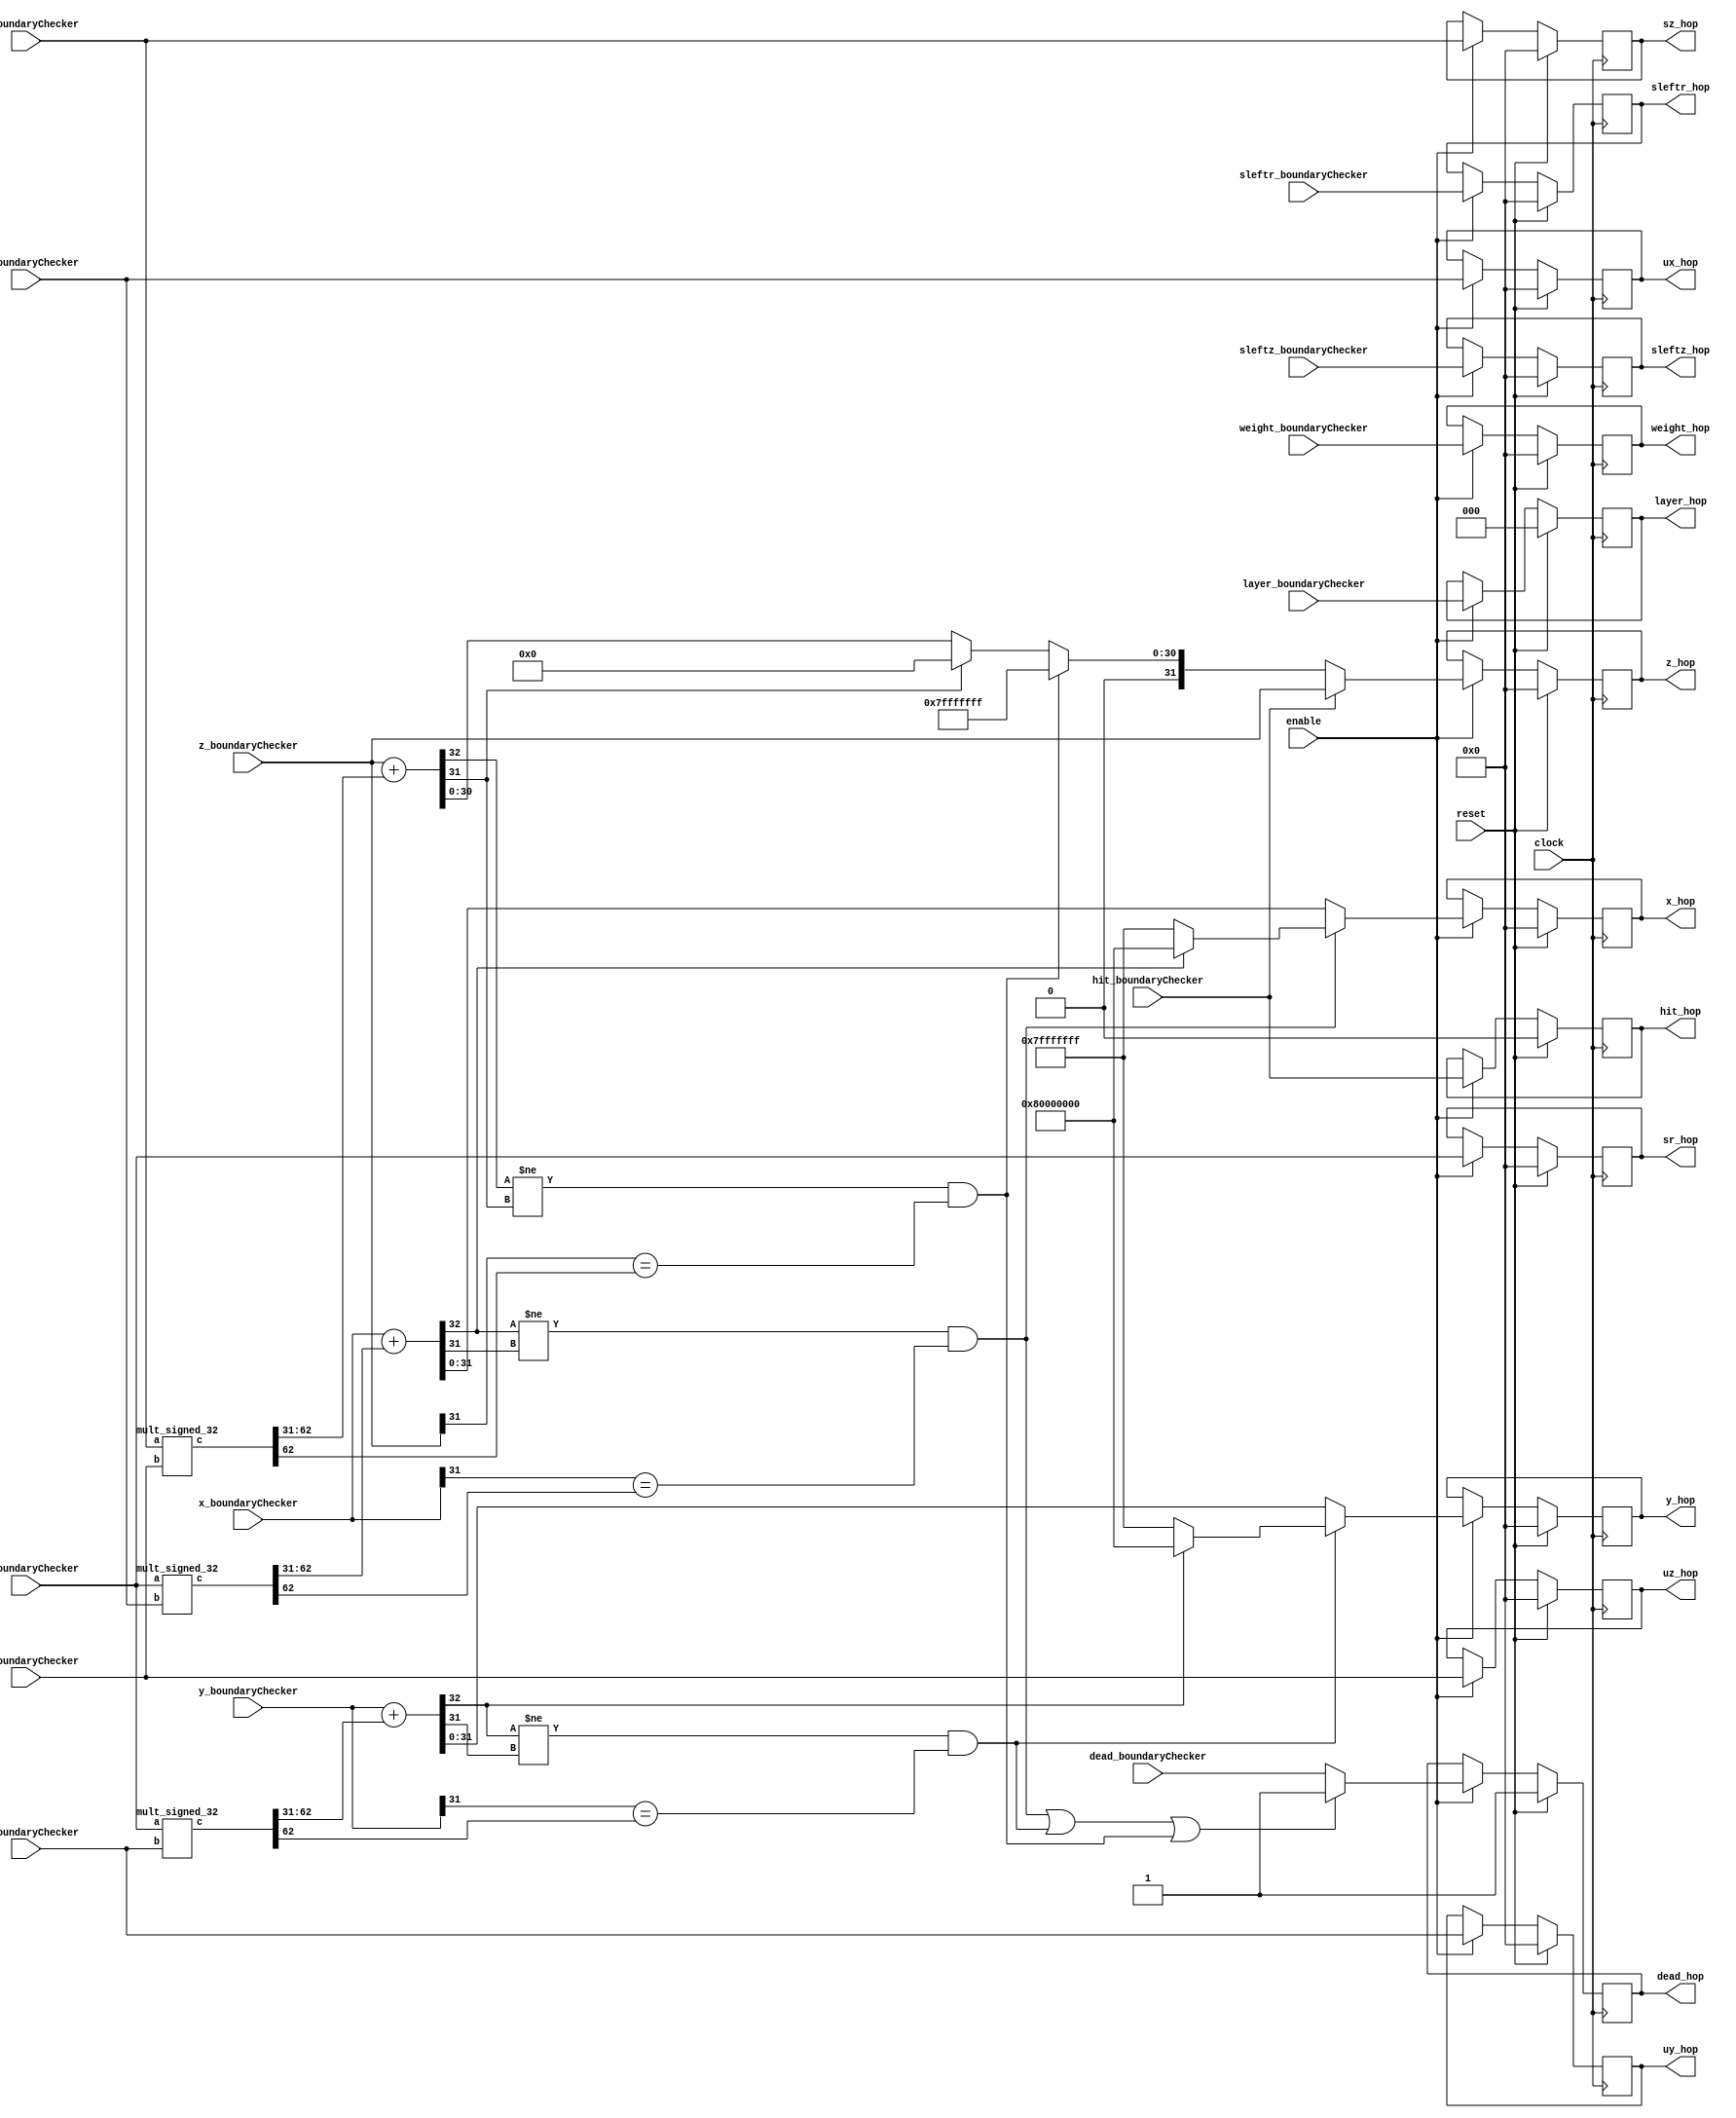
`define TRIG_WIDTH 5'b01010 //10;
`define PIPELINE_DEPTH_UPPER_LIMIT 10'b0100000000 //256;
`define ABSORB_ADDR_WIDTH 6'b010000 //16;
`define ABSORB_WORD_WIDTH 7'b01000000 //64;
`define WSCALE 22'b0111010100101111111111 //1919999;
//`define BIT_WIDTH 7'b0100000
//`define LAYER_WIDTH 6'b000011 
`define LEFTSHIFT 6'b000011         // 2^3=8=1/0.125 where 0.125 = CHANCE of roulette
`define INTCHANCE 32'b00100000000000000000000000000000 //Based on 32 bit rand num generator
`define MIN_WEIGHT 9'b011001000 
`define BIT_WIDTH 7'b0100000
`define LAYER_WIDTH 6'b000011
`define INTMAX 32'b01111111111111111111111111111111
`define INTMIN 32'b10000000000000000000000000000000
`define DIVIDER_LATENCY 6'b011110
`define FINAL_LATENCY 6'b011100
`define MULT_LATENCY 1'b1
`define ASPECT_RATIO 6'b000111
`define TOTAL_LATENCY 7'b0111100
//`define BIT_WIDTH 6'b100000
//`define LAYER_WIDTH 6'b000011
`define LOGSCALEFACTOR 6'b000101
`define MAXLOG 32'b10110001011100100001011111110111		//Based on 32 bit unsigned rand num generator
`define CONST_MOVE_AMOUNT 15'b110000110101000  //Used for testing purposes only
`define MUTMAX_BITS 6'b001111
//`define BIT_WIDTH 6'b100000
//`define LAYER_WIDTH 6'b000011
//`define INTMAX 32'b01111111111111111111111111111111
//`define INTMIN 32'b10000000000000000000000000000000
//`define BIT_WIDTH 7'b0100000
`define MANTISSA_PRECISION 6'b001010
`define LOG2_BIT_WIDTH 6'b000110
`define LOG2 28'b0101100010111001000010111111
`define NR 10'b0100000000             
`define NZ 10'b0100000000              
`define NR_EXP 5'b01000              //meaning `NR=2^`NR_exp or 2^8=256
`define RGRID_SCLAE_EXP 6'b010101    //2^21 = RGRID_SCALE
`define ZGRID_SCLAE_EXP 6'b010101    //2^21 = ZGRID_SCALE
//`define BIT_WIDTH 7'b0100000
`define BIT_WIDTH_2 8'b01000000
`define WORD_WIDTH 8'b01000000
`define ADDR_WIDTH 6'b010000          //256x256=2^8*2^8=2^16
`define DIV 6'b010100//20;
`define SQRT 5'b01010 //10;
`define LAT 7'b0100101 //DIV + SQRT + 7;
`define INTMAX_2 {32'h3FFFFFFF,32'h00000001}
//`define INTMAX 32'b01111111111111111111111111111111//2147483647;
//`define INTMIN 32'b10000000000000000000000000000001//-2147483647;
`define INTMAXMinus3 32'b01111111111111111111111111111100//2147483644;
`define negINTMAXPlus3 32'b10000000000000000000000000000100//-2147483644;
`define INTMAX_2_ref {32'h3FFFFFFF,32'hFFFFFFFF}
`define SIMULATION_MEMORY

module Hop(     //INPUTS
				 clock, reset, enable,
				 x_boundaryChecker, y_boundaryChecker, z_boundaryChecker,
				 ux_boundaryChecker, uy_boundaryChecker, uz_boundaryChecker,
				 sz_boundaryChecker, sr_boundaryChecker,
				 sleftz_boundaryChecker, sleftr_boundaryChecker,
				 layer_boundaryChecker, weight_boundaryChecker, dead_boundaryChecker,
				 hit_boundaryChecker,

				 //OUTPUTS
				 x_hop, y_hop, z_hop,
				 ux_hop, uy_hop, uz_hop,
				 sz_hop, sr_hop,
				 sleftz_hop, sleftr_hop,
				 layer_hop, weight_hop, dead_hop, hit_hop
				 );

//parameter BIT_WIDTH=32;
//parameter LAYER_WIDTH=3;
//parameter INTMAX=2147483647;
//parameter INTMIN=-2147483648;

input clock;
input reset;
input enable;

input [`BIT_WIDTH-1:0] x_boundaryChecker;
input [`BIT_WIDTH-1:0] y_boundaryChecker;
input [`BIT_WIDTH-1:0] z_boundaryChecker;
input [`BIT_WIDTH-1:0] ux_boundaryChecker;
input [`BIT_WIDTH-1:0] uy_boundaryChecker;
input [`BIT_WIDTH-1:0] uz_boundaryChecker;
input [`BIT_WIDTH-1:0] sz_boundaryChecker;
input [`BIT_WIDTH-1:0] sr_boundaryChecker;
input [`BIT_WIDTH-1:0] sleftz_boundaryChecker;
input [`BIT_WIDTH-1:0] sleftr_boundaryChecker;
input [`LAYER_WIDTH-1:0] layer_boundaryChecker;
input [`BIT_WIDTH-1:0] weight_boundaryChecker;
input	dead_boundaryChecker;
input	hit_boundaryChecker;

output [`BIT_WIDTH-1:0] x_hop;
output [`BIT_WIDTH-1:0] y_hop;
output [`BIT_WIDTH-1:0] z_hop;
output [`BIT_WIDTH-1:0] ux_hop;
output [`BIT_WIDTH-1:0] uy_hop;
output [`BIT_WIDTH-1:0] uz_hop;
output [`BIT_WIDTH-1:0] sz_hop;
output [`BIT_WIDTH-1:0] sr_hop;
output [`BIT_WIDTH-1:0] sleftz_hop;
output [`BIT_WIDTH-1:0] sleftr_hop;
output [`LAYER_WIDTH-1:0]layer_hop;
output [`BIT_WIDTH-1:0] weight_hop;
output dead_hop;
output hit_hop;

//------------Local Variables------------------------
reg [`BIT_WIDTH-1:0] c_x;
reg [`BIT_WIDTH-1:0] c_y;
reg [`BIT_WIDTH-1:0] c_z;
reg c_dead;

reg [`BIT_WIDTH:0] c_x_big;
reg [`BIT_WIDTH:0] c_y_big;
reg [`BIT_WIDTH:0] c_z_big;

wire [2*`BIT_WIDTH-1:0] c_xmult_big;
wire [2*`BIT_WIDTH-1:0] c_ymult_big;
wire [2*`BIT_WIDTH-1:0] c_zmult_big;

//------------REGISTERED Values------------------------
reg [`BIT_WIDTH-1:0] x_hop;
reg [`BIT_WIDTH-1:0] y_hop;
reg [`BIT_WIDTH-1:0] z_hop;
reg [`BIT_WIDTH-1:0] ux_hop;
reg [`BIT_WIDTH-1:0] uy_hop;
reg [`BIT_WIDTH-1:0] uz_hop;
reg [`BIT_WIDTH-1:0] sz_hop;
reg [`BIT_WIDTH-1:0] sr_hop;
reg [`BIT_WIDTH-1:0] sleftz_hop;
reg [`BIT_WIDTH-1:0] sleftr_hop;
reg [`LAYER_WIDTH-1:0]layer_hop;
reg [`BIT_WIDTH-1:0] weight_hop;
reg	dead_hop;
reg	hit_hop;

mult_signed_32 u1(sr_boundaryChecker, ux_boundaryChecker, c_xmult_big);
mult_signed_32 u2(sr_boundaryChecker, uy_boundaryChecker, c_ymult_big);
mult_signed_32 u3(sz_boundaryChecker, uz_boundaryChecker, c_zmult_big);

// Determine new (x,y,z) coordinates
always @(c_dead or 
		c_x_big or c_y_big or c_z_big or 
		c_x or c_y or c_z or
		x_boundaryChecker or y_boundaryChecker or z_boundaryChecker or
		c_xmult_big or c_ymult_big or c_zmult_big 
		or hit_boundaryChecker or dead_boundaryChecker)
begin
		
	c_x_big = x_boundaryChecker + c_xmult_big[2*`BIT_WIDTH-2:31];
	c_y_big = y_boundaryChecker + c_ymult_big[2*`BIT_WIDTH-2:31];
	c_z_big = z_boundaryChecker + c_zmult_big[2*`BIT_WIDTH-2:31];


	// Calculate x position, photon dies if outside grid
	if(c_x_big[`BIT_WIDTH] != c_x_big[`BIT_WIDTH-1] && x_boundaryChecker[`BIT_WIDTH-1] == c_xmult_big[2*`BIT_WIDTH-2])
	begin
		if(c_x_big[`BIT_WIDTH] == 1'b0)
		begin
		//	c_dead = 1'b1;
			c_x = `INTMAX;
		end
		else
		begin
		//	c_dead = 1'b1;
			c_x = `INTMIN;
		end
	end 
	else
	begin
		c_x = c_x_big[`BIT_WIDTH-1:0];
	end

	
	// Calculate y position, photon dies if outside grid
	if(c_y_big[`BIT_WIDTH] != c_y_big[`BIT_WIDTH-1] && y_boundaryChecker[`BIT_WIDTH-1] == c_ymult_big[2*`BIT_WIDTH-2])
	begin
		if(c_y_big[`BIT_WIDTH] == 1'b0)
		begin
		//	c_dead = 1'b1;
			c_y = `INTMAX;
		end
		else
		begin
		//	c_dead = 1'b1;
			c_y = `INTMIN;
		end
	end
	else
	begin
		c_y = c_y_big[`BIT_WIDTH-1:0];
	end
	
	// Calculate z position, photon dies if outside grid
	if(hit_boundaryChecker) 
	begin
		c_z = z_boundaryChecker;
	end
	else if(c_z_big[`BIT_WIDTH] != c_z_big[`BIT_WIDTH-1] && z_boundaryChecker[`BIT_WIDTH-1] == c_zmult_big[2*`BIT_WIDTH-2])
	begin
	//	c_dead = 1'b1;
		c_z = `INTMAX;
	end
	else if (c_z_big[`BIT_WIDTH-1] == 1'b1)
	begin
	//	c_dead = 1'b1;
		c_z = 0;
	end 
	else
	begin
		c_z = c_z_big[`BIT_WIDTH-1:0];
	end
	
	// Calculate c_dead (necessary because odin does not support block statements).
	if( (c_x_big[`BIT_WIDTH] != c_x_big[`BIT_WIDTH-1] && x_boundaryChecker[`BIT_WIDTH-1] == c_xmult_big[2*`BIT_WIDTH-2])
	   |(c_y_big[`BIT_WIDTH] != c_y_big[`BIT_WIDTH-1] && y_boundaryChecker[`BIT_WIDTH-1] == c_ymult_big[2*`BIT_WIDTH-2])
	   |(c_z_big[`BIT_WIDTH] != c_z_big[`BIT_WIDTH-1] && z_boundaryChecker[`BIT_WIDTH-1] == c_zmult_big[2*`BIT_WIDTH-2]) )
	begin
		c_dead = 1'b1;
	end
	else
	begin
		c_dead = dead_boundaryChecker;
	end

end

// latch values
always @ (posedge clock)
begin
	if (reset)
	begin
		// Photon variables
		x_hop <= 0;
		y_hop <= 0;
		z_hop <= 0;
		ux_hop <= 0;
		uy_hop <= 0;
		uz_hop <= 0;
		sz_hop <= 0;
		sr_hop <= 0;
		sleftz_hop <= 0;
		sleftr_hop <= 0;
		layer_hop <= 0;
		weight_hop <= 0;
		dead_hop <= 1'b1;
		hit_hop <= 1'b0;
	end
	else
	begin
		if(enable)
		begin
			// Photon variables
			ux_hop <= ux_boundaryChecker;
			uy_hop <= uy_boundaryChecker;
			uz_hop <= uz_boundaryChecker;
			sz_hop <= sz_boundaryChecker;
			sr_hop <= sr_boundaryChecker;
			sleftz_hop <= sleftz_boundaryChecker;
			sleftr_hop <= sleftr_boundaryChecker;
			layer_hop <= layer_boundaryChecker;
			weight_hop <= weight_boundaryChecker;
			hit_hop <= hit_boundaryChecker;

			x_hop <= c_x;
			y_hop <= c_y;
			z_hop <= c_z;
			dead_hop <= c_dead;
		end			
	end
end

endmodule
module mult_signed_32(a, b, c);
	input [31:0]a;
	input [31:0]b;
	output [63:0]c;
	reg [63:0]c;
	
	reg is_neg_a;
	reg is_neg_b;
	reg [31:0]a_tmp;
	reg [31:0]b_tmp;
	reg [63:0]c_tmp;


always@(a or b or is_neg_a or is_neg_b or a_tmp or b_tmp or c)
begin

	if(a[31] == 1) begin
		a_tmp = -a;
		is_neg_a = 1;
	end else
	begin
		a_tmp = a;
		is_neg_a = 0;
	end

	if(b[31] == 1) begin
		b_tmp = -b;
		is_neg_b = 1;
	end else
	begin
		b_tmp = b;
		is_neg_b = 0;
	end

	if( is_neg_a != is_neg_b) begin
		c_tmp = -(a_tmp * b_tmp);
	end else
	begin
		c_tmp = (a_tmp * b_tmp);
	end
end

always@(c_tmp)
begin
	c = c_tmp;
end

endmodule